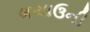
ભચાઉની